Document type: Testament
Year: 1300
Scribe: Bonanat d'Esparreguera
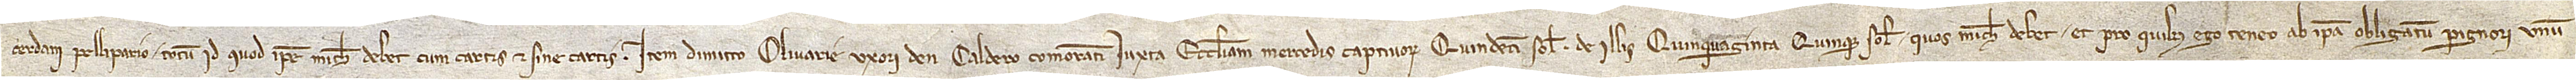
Cerdani, pellipario, totum id quod ipse michi debet cum cartis et sine cartis. Item, dimitto Olivarie, uxori d’en Caldero, comoranti iuxta ecclesiam Mercedis Captivorum, quindecim solidos de illis quinquaginta quinque solidos quos michi debet et pro quibus ego teneo ab ipsa obligatum pignori unum